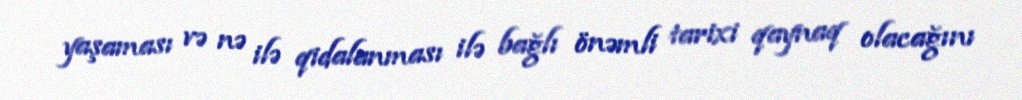
yaşaması və nə ilə qidalanması ilə bağlı önəmli tarixi qaynaq olacağını